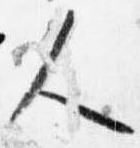
人